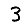
Digit: 3